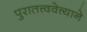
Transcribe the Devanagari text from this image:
पुरातत्त्ववेत्त्याने